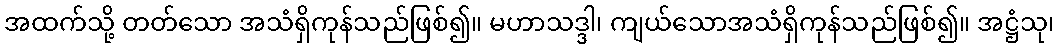
အထက်သို့ တတ်သော အသံရှိကုန်သည်ဖြစ်၍။ မဟာသဒ္ဒါ၊ ကျယ်သောအသံရှိကုန်သည်ဖြစ်၍။ အဋ္ဌံသု၊